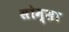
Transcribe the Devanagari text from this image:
सोम्सा